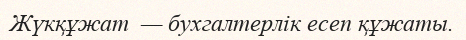
Жүкқұжат  — бухгалтерлік есеп құжаты.